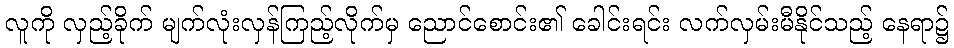
လူကို လှည့်ခိုက် မျက်လုံးလှန်ကြည့်လိုက်မှ ညောင်စောင်း၏ ခေါင်းရင်း လက်လှမ်းမီနိုင်သည့် နေရာ၌